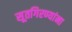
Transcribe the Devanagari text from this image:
सूतगिरण्यांना